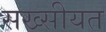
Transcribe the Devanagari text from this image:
सख्सीयत